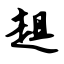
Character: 趄